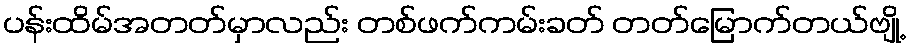
ပန်းထိမ်အတတ်မှာလည်း တစ်ဖက်ကမ်းခတ် တတ်မြောက်တယ်ဗျို့